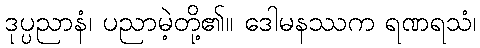
ဒုပ္ပညာနံ၊ ပညာမဲ့တို့၏။ ဒေါမနဿက ရဏရသံ၊